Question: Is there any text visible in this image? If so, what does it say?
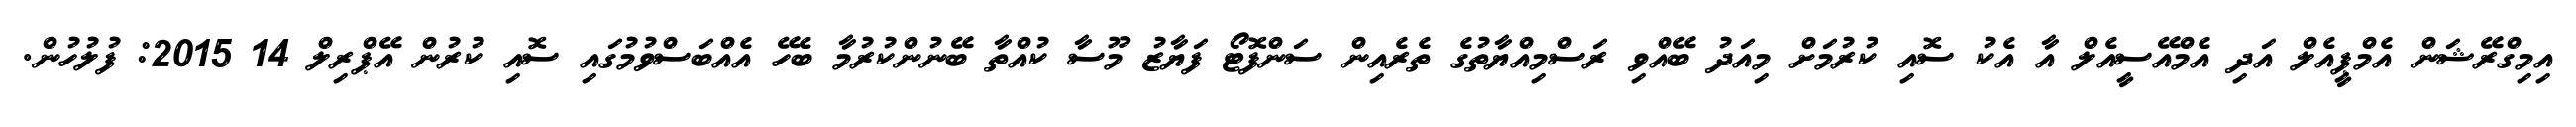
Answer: އިމިގްރޭޝަން އެމްޕީއެލް އަދި އެމްއޭސީއެލް އާ އެކު ސޮއި ކުރުމަށް މިއަދު ބޭއްވި ރަސްމިއްޔާތުގެ ތެރެއިން ސަންފޮޓޯ ފަޔާޒު މޫސާ ކުއްތާ ބޭނުންކުރުމާ ބެހޭ އެއްބަސްވުމުގައި ސޮއި ކުރުން އޭޕްރިލް 14 2015: ފުލުހުން.